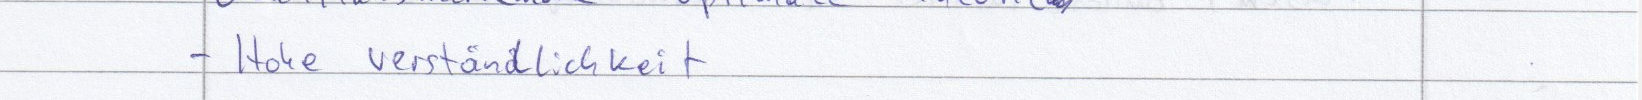
- Hohe verständlichkeit